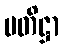
ပတိဋ္ဌာ